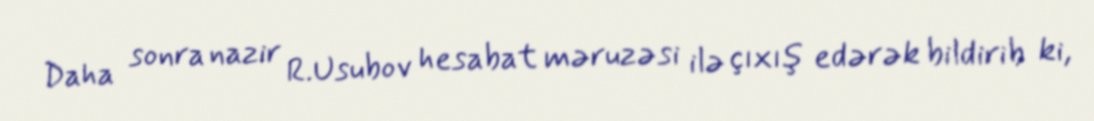
Daha sonra nazir R.Usubov hesabat məruzəsi ilə çıxış edərək bildirib ki,